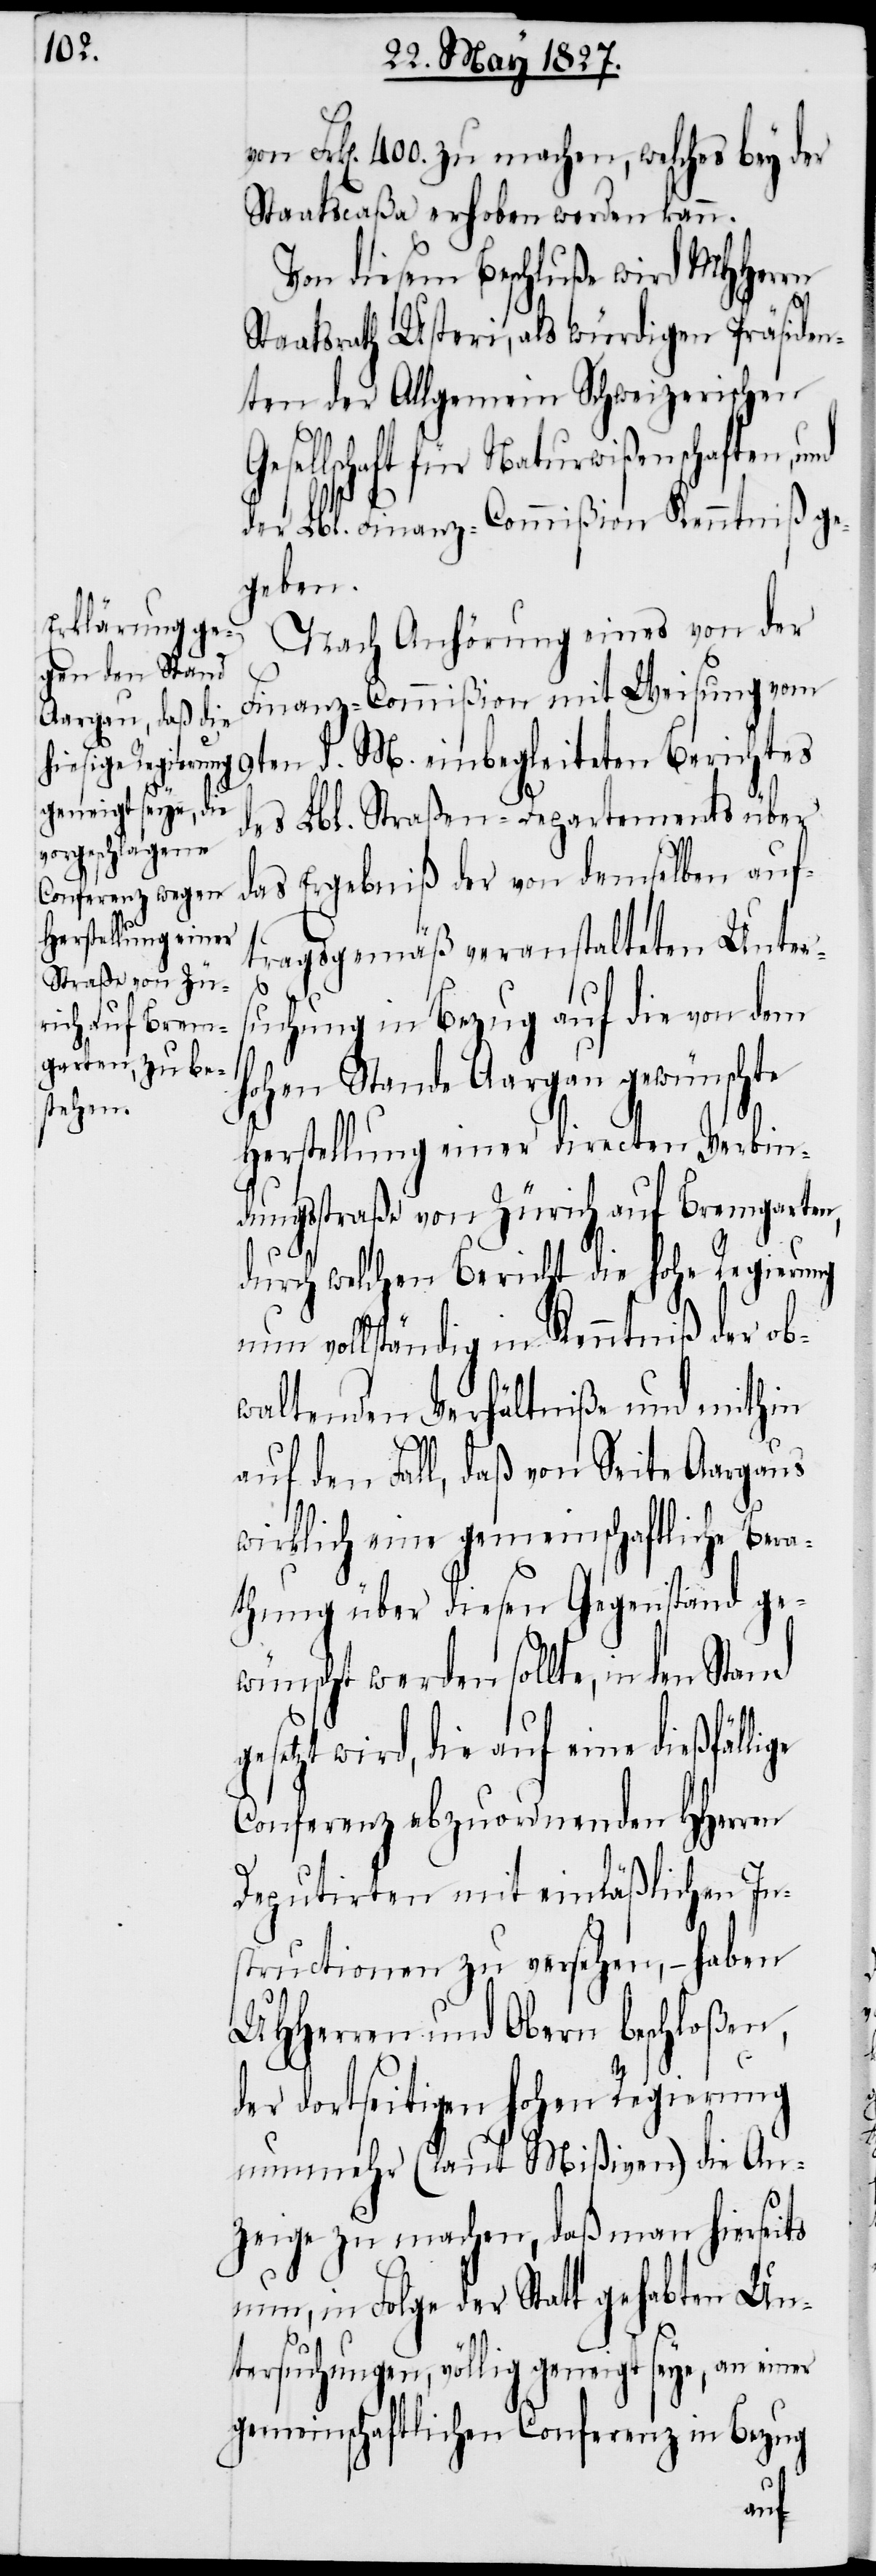
on Frk[en]. 400. zu machen, welches bey der
Staatscaßa erhoben werden kann.
Von diesem Beschluße wird MHHerrn
Staatsrath Usteri, als würdigen Präsiden¬
ten der Allgemein Schweizerischen
gesetzt wird, die auf eine
der Lbl. Finanz-Commißion Kenntniß ge¬
geben.
Nach Anhörung eines von der
Finanz-Commißion mit Weisung vom
9ten d. M. einbegleiteten Berichtes
des Lbl. Straßen-Departements über
das Ergebniß der von demselben auf¬
tragsgemäß veranstalteten Unter¬
suchung in Bezug auf die von dem
ohen Stande Aargau gewünschte
Herstellung einer directen Verbin¬
dungsstraße von Zürich auf Bremgarten,
durch welchen Bericht die Hohe Regierung
nun vollständig in Kenntniß der ob¬
waltenden Verhältniße und mithin
auf den Fall, daß von Seite Aargaus
wirklich eine gemeinschaftliche Bera¬
thung über diesen Gegenstand ge¬
wünscht werden sollte, in den
Conferenz abzuordnenden HHerren
Deputirten mit einläßlichen In¬
structionen zu versehen, – haben
UHHerren und Obern beschloßen,
der dortseitigen Hohen Regierung
nunmehr (laut Mißiven) die An¬
zeige zu machen, daß man hierseits
nun, in Folge der Statt gehabten Un¬
tersuchungen, völlig geneigt sey, an einer
gemeinschaftlichen Conferenz in Bezug
H¬